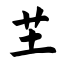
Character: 芏